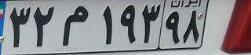
۳۲م۱۹۳۹۸